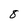
Character: 8